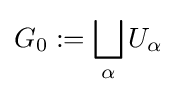
G_{0}:=\bigsqcup _{\alpha }U_{\alpha }